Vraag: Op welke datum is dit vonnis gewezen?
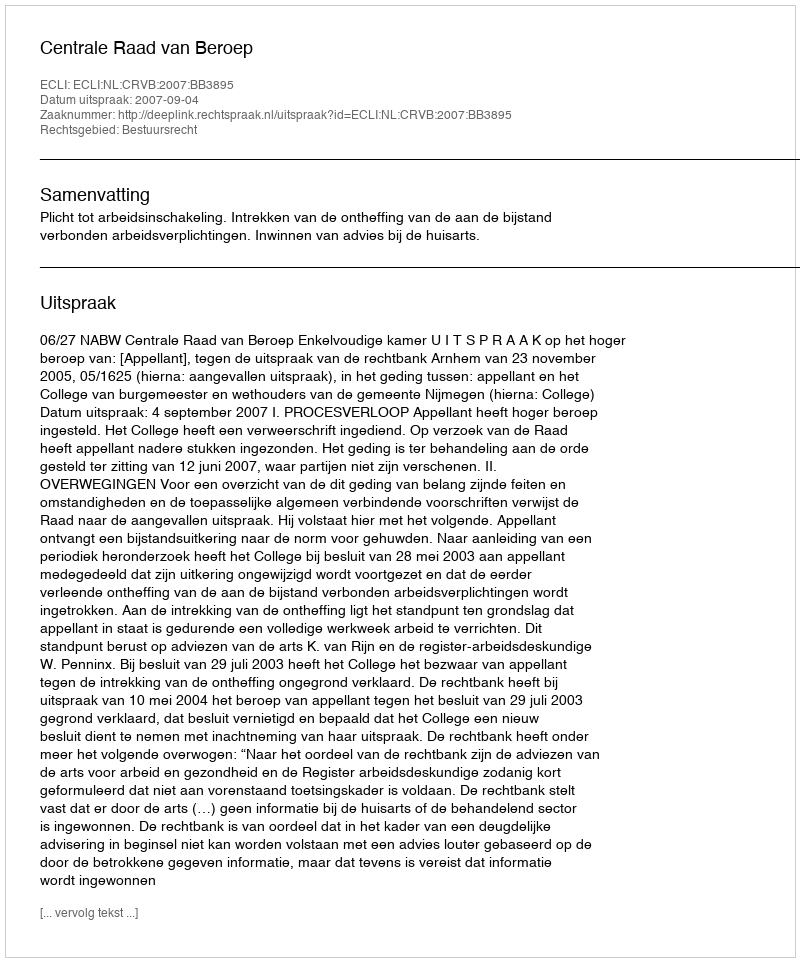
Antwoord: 2007-09-04